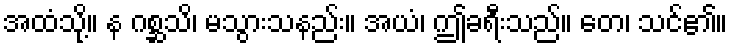
အထံသို့။ န ဂစ္ဆသိ၊ မသွားသနည်း။ အယံ၊ ဤခရီးသည်။ တေ၊ သင်၏။